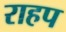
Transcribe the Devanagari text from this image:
राहप